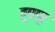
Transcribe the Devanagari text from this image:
हुमायु